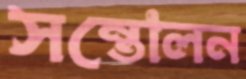
সন্তোলন